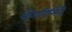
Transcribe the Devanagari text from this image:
भोगनिर्मिती